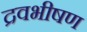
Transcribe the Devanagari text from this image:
द्रवभीषण